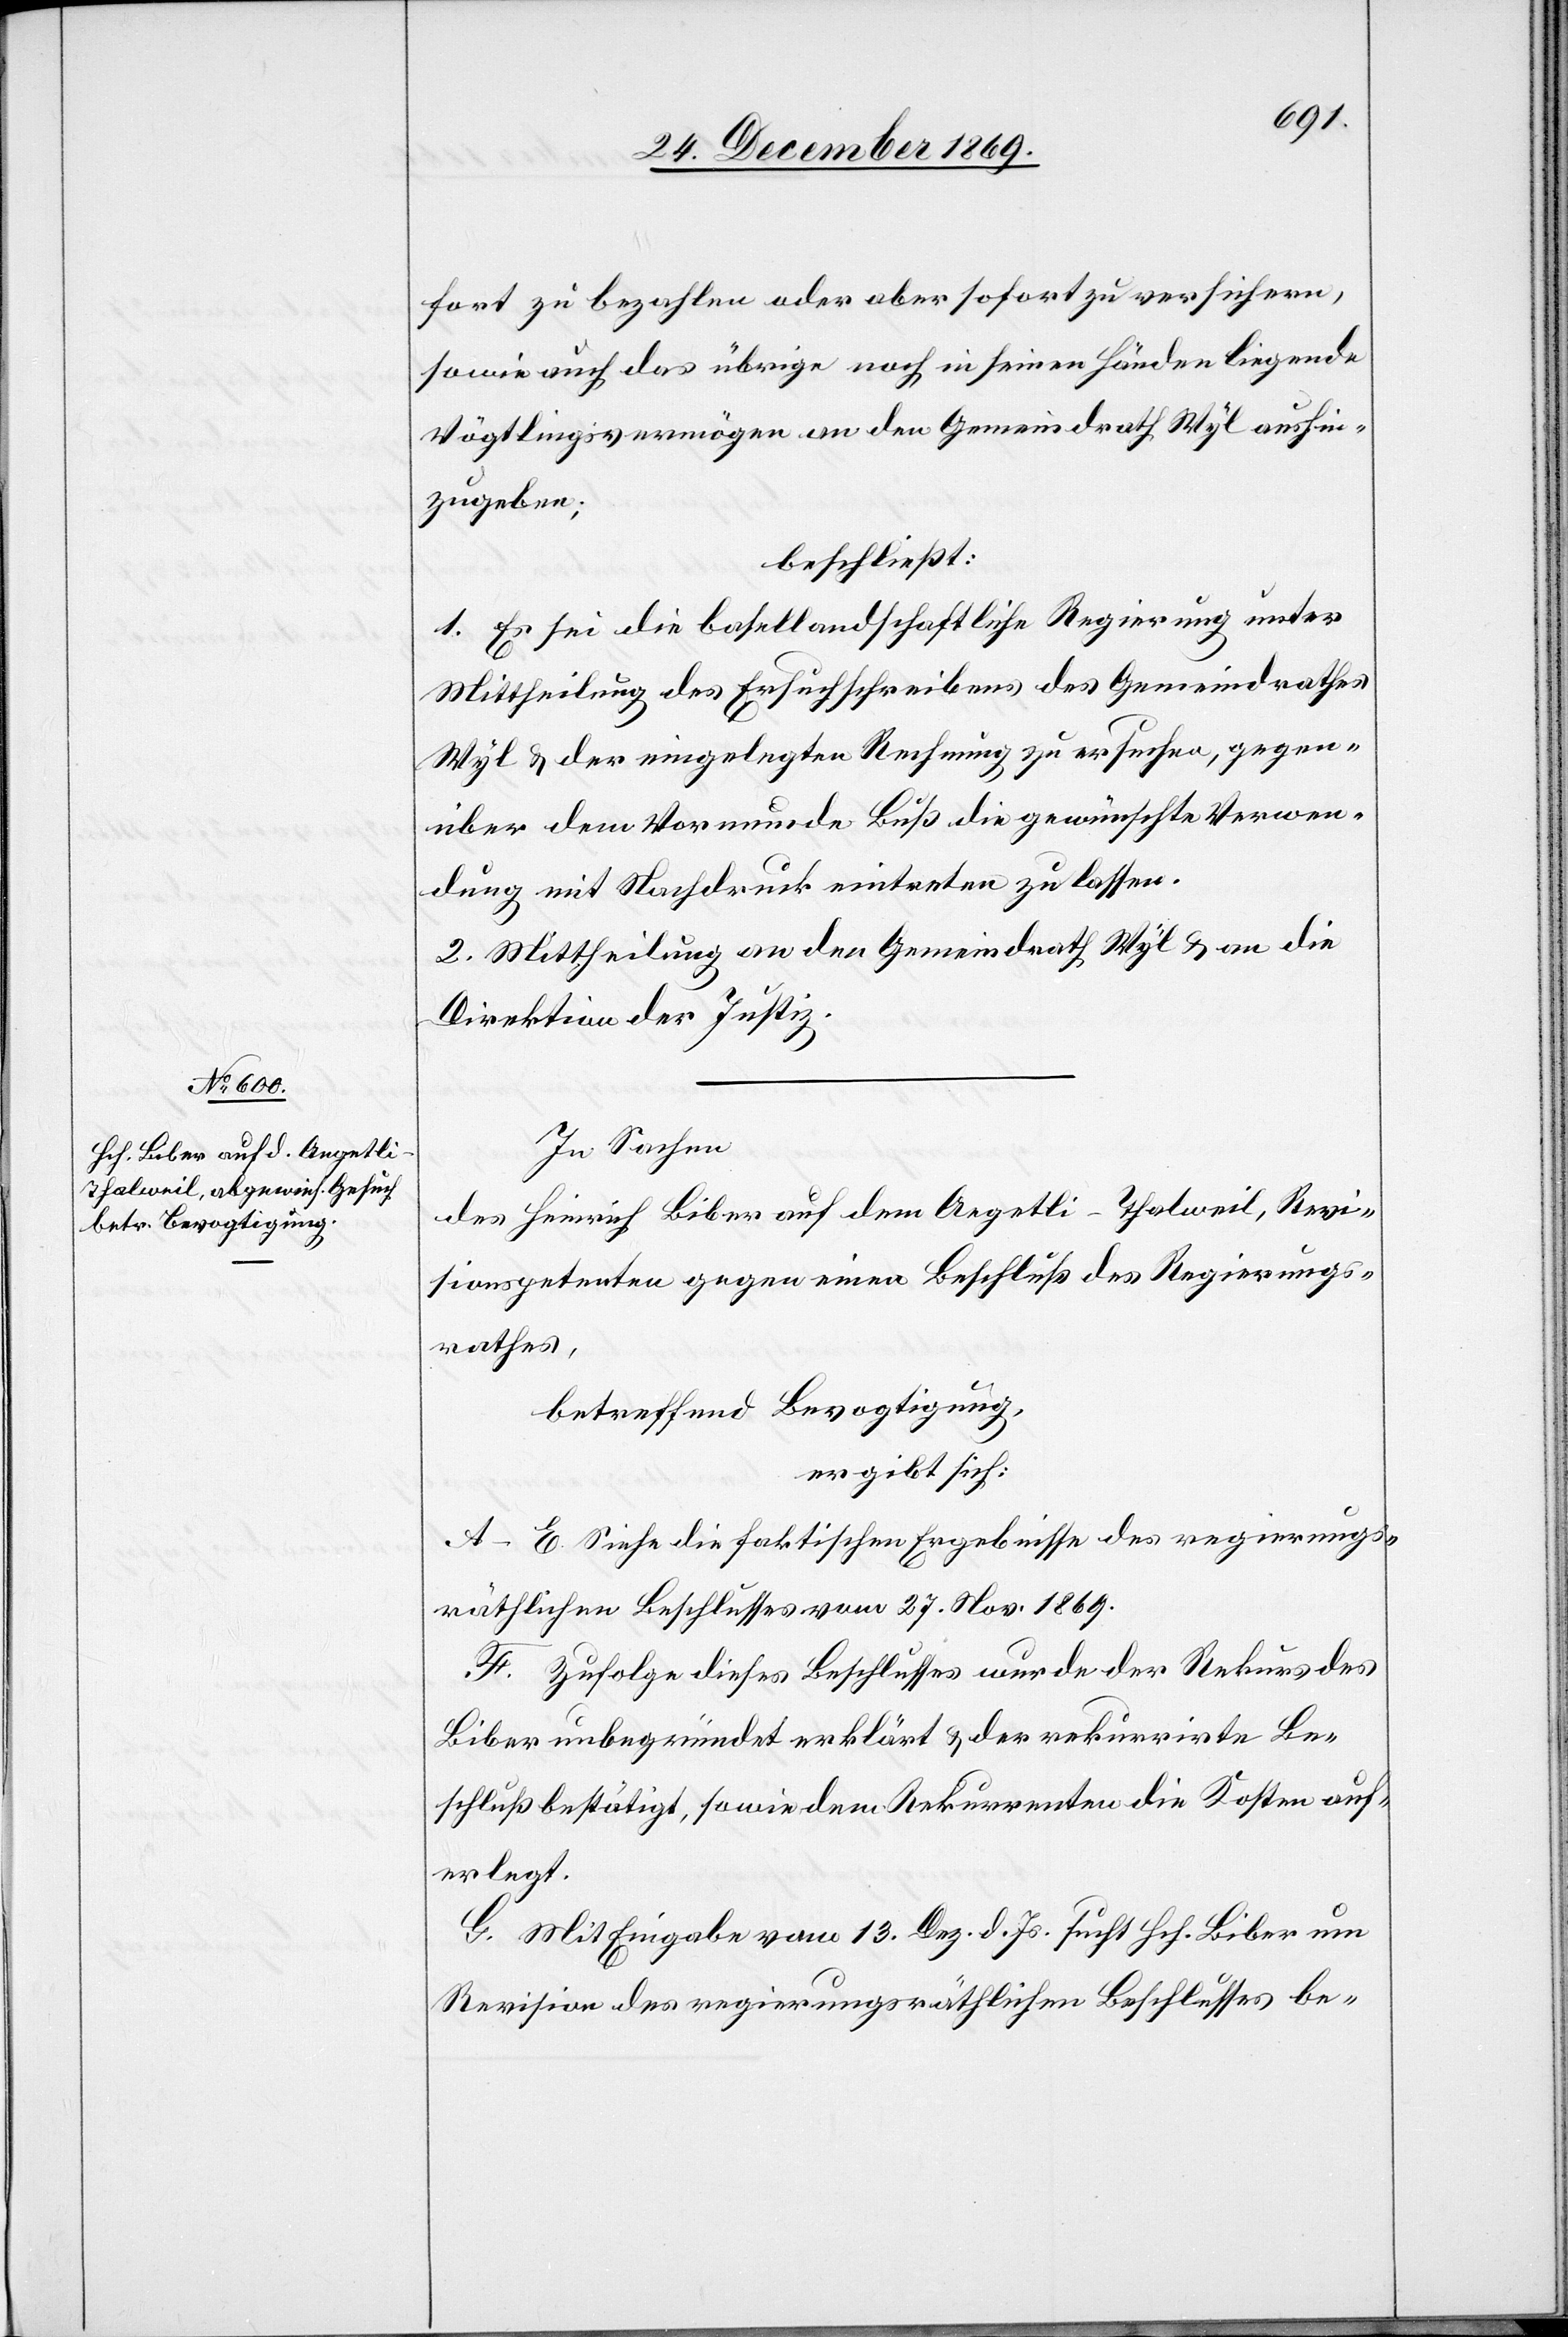
fort zu bezahlen oder aber sofort zu versichern,
sowie auch das übrige noch in seinen Händen liegende
Vögtlingsvermögen an den Gemeindrath Wyl aushin¬
zugeben;
beschließt:
1. Es sei die basellandschaftliche Regierung unter
Mittheilung des Ersuchschreibens des Gemeindrathes
Wyl & der eingelegten Rechnung zu ersuchen, gegen¬
über dem Vormunde Buß die gewünschte Verwen¬
dung mit Nachdruck eintreten zu lassen.
2. Mittheilung an den Gemeindrath Wyl & an die
Direktion der Justiz.
In Sachen
des Heinrich Biber auf dem Aegetli - Thalweil, Revi¬
sionspetenten gegen einen Beschluß des Regierungs¬
rathes,
betreffend Bevogtigung,
ergibt sich:
A–E. Siehe die faktischen Ergebnisse des regierungs¬
räthlichen Beschlusses vom 27. Nov. 1869.
F. Zufolge dieses Beschlusses wurde der Rekurs des
Biber unbegründet erklärt & der rekurrirte Be¬
schluß bestätigt, sowie dem Rekurrenten die Kosten auf¬
erlegt.
G. Mit Eingabe vom 13. Dez. d. Js. sucht Hch. Biber um
Revision des regierungsräthlichen Beschlusses be-